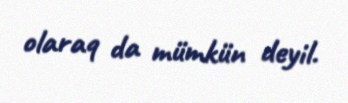
olaraq da mümkün deyil.